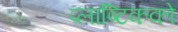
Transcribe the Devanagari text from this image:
प्लाष्टिकको